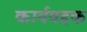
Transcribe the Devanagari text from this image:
कार्यवहक